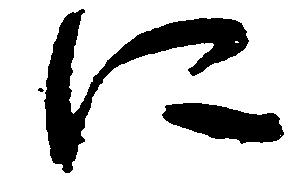
に